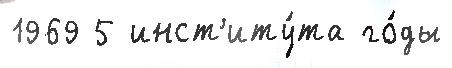
1969 5 инст'иту́та го́ды